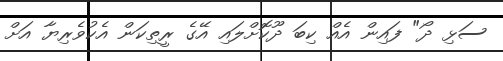
ސަޅި ދޯ" ފައިން އެއް ކިބަ ދޫކޮށްލައި އޭގެ ރީތިކަން އެކުވެރިޔާ އަށް